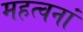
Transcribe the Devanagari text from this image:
महत्वनां